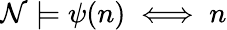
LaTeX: {\mathcal{N}}\models\psi(n)\iff n